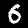
Label: 6